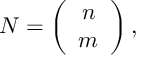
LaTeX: N = \left( \begin{array} { c c } { { n } } \\ { { m } } \end{array} \right) ,